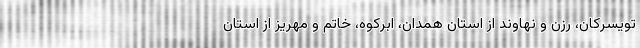
تویسرکان، رزن و نهاوند از استان همدان، ابرکوه، خاتم و مهریز از استان